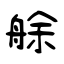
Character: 艅